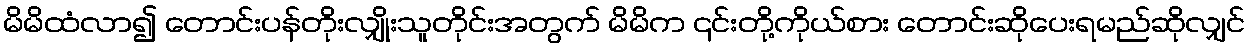
မိမိထံလာ၍ တောင်းပန်တိုးလျှိုးသူတိုင်းအတွက် မိမိက ၎င်းတို့ကိုယ်စား တောင်းဆိုပေးရမည်ဆိုလျှင်